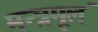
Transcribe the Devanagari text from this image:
मन्त्रमूलं